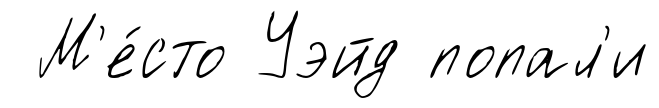
М'е́сто Уэйд попал'и